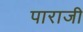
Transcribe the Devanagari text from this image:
पाराजी